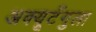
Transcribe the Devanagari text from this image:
अक्यूटँगुला